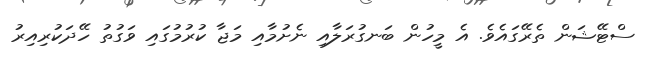
ސްޓޭޝަން ތެރޭގައެވެ. އެ މީހުން ބަނގުރަލާއި ނެށުމާއި މަޖާ ކުރުމުގައި ވަގުތު ހޭދަކުރިއިރު